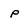
Character: p